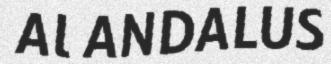
AL ANDALUS